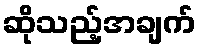
ဆိုသည့်အချက်